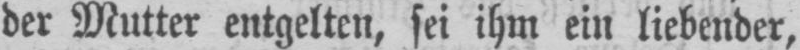
der Mutter entgelten, sei ihm ein liebender,